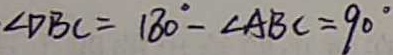
\angle D B C = 1 8 0 ^ { \circ } - \angle A B C = 9 0 ^ { \circ }